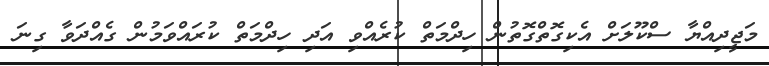
މަޖީދިއްޔާ ސްކޫލަށް އެކިގޮތްގޮތުން ހިދްމަތް ކުރެއްވި އަދި ހިދްމަތް ކުރައްވަމުން ގެއްދަވާ ގިނަ